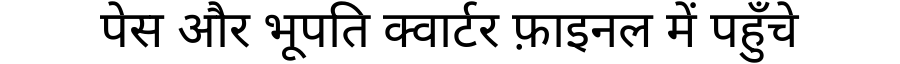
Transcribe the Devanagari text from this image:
पेस और भूपति क्वार्टर फ़ाइनल में पहुँचे